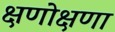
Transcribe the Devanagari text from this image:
क्षणोक्षणा